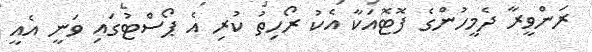
ރަންވީރާ ދެމީހުންގެ ފޮޓޮއަކާ އެކު ރޯހިތު ކުރި އެ ޕޯސްޓުގައި ވަނީ އެއީ